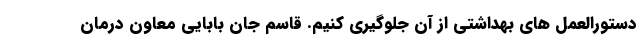
دستورالعمل های بهداشتی از آن جلوگیری کنیم. قاسم جان بابایی معاون درمان